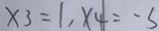
x _ { 3 } = 1 , x _ { 4 } = - 3